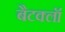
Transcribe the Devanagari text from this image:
बैटक्लॉ